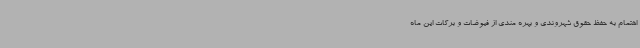
اهتمام به حفظ حقوق شهروندی و بهره مندی از فیوضات و برکات این ماه